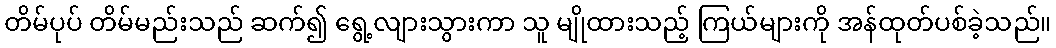
တိမ်ပုပ် တိမ်မည်းသည် ဆက်၍ ရွေ့လျားသွားကာ သူ မျိုထားသည့် ကြယ်များကို အန်ထုတ်ပစ်ခဲ့သည်။